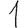
Digit: 1